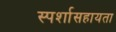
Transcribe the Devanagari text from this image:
स्पर्शासहायता